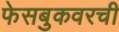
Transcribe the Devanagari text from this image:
फेसबुकवरची